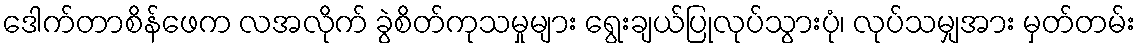
ဒေါက်တာစိန်ဖေက လအလိုက် ခွဲစိတ်ကုသမှုများ ရွေးချယ်ပြုလုပ်သွားပုံ၊ လုပ်သမျှအား မှတ်တမ်း